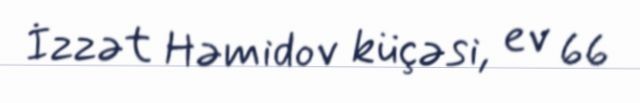
İzzət Həmidov küçəsi, ev 66